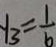
y _ { 3 } = \frac { 1 } { b }